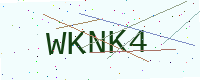
Text: WKNK4